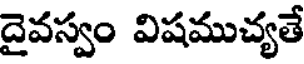
దైవస్వం విషముచ్యతే